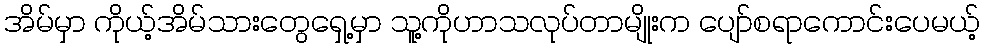
အိမ်မှာ ကိုယ့်အိမ်သားတွေရှေ့မှာ သူ့ကိုဟာသလုပ်တာမျိုးက ပျော်စရာကောင်းပေမယ့်